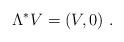
LaTeX: \begin{align*}\Lambda ^{\ast }V=(V,0)~.\end{align*}